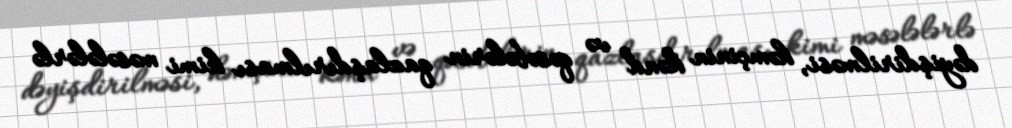
dəyişdirilməsi, həmçinin kənd və qəsəbələrin qazlaşdırılması kimi məsələlərlə